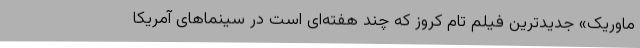
ماوریک» جدیدترین فیلم تام کروز که چند هفته‌ای است در سینماهای آمریکا